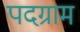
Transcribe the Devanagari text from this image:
पदग्राम